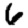
Digit: 6